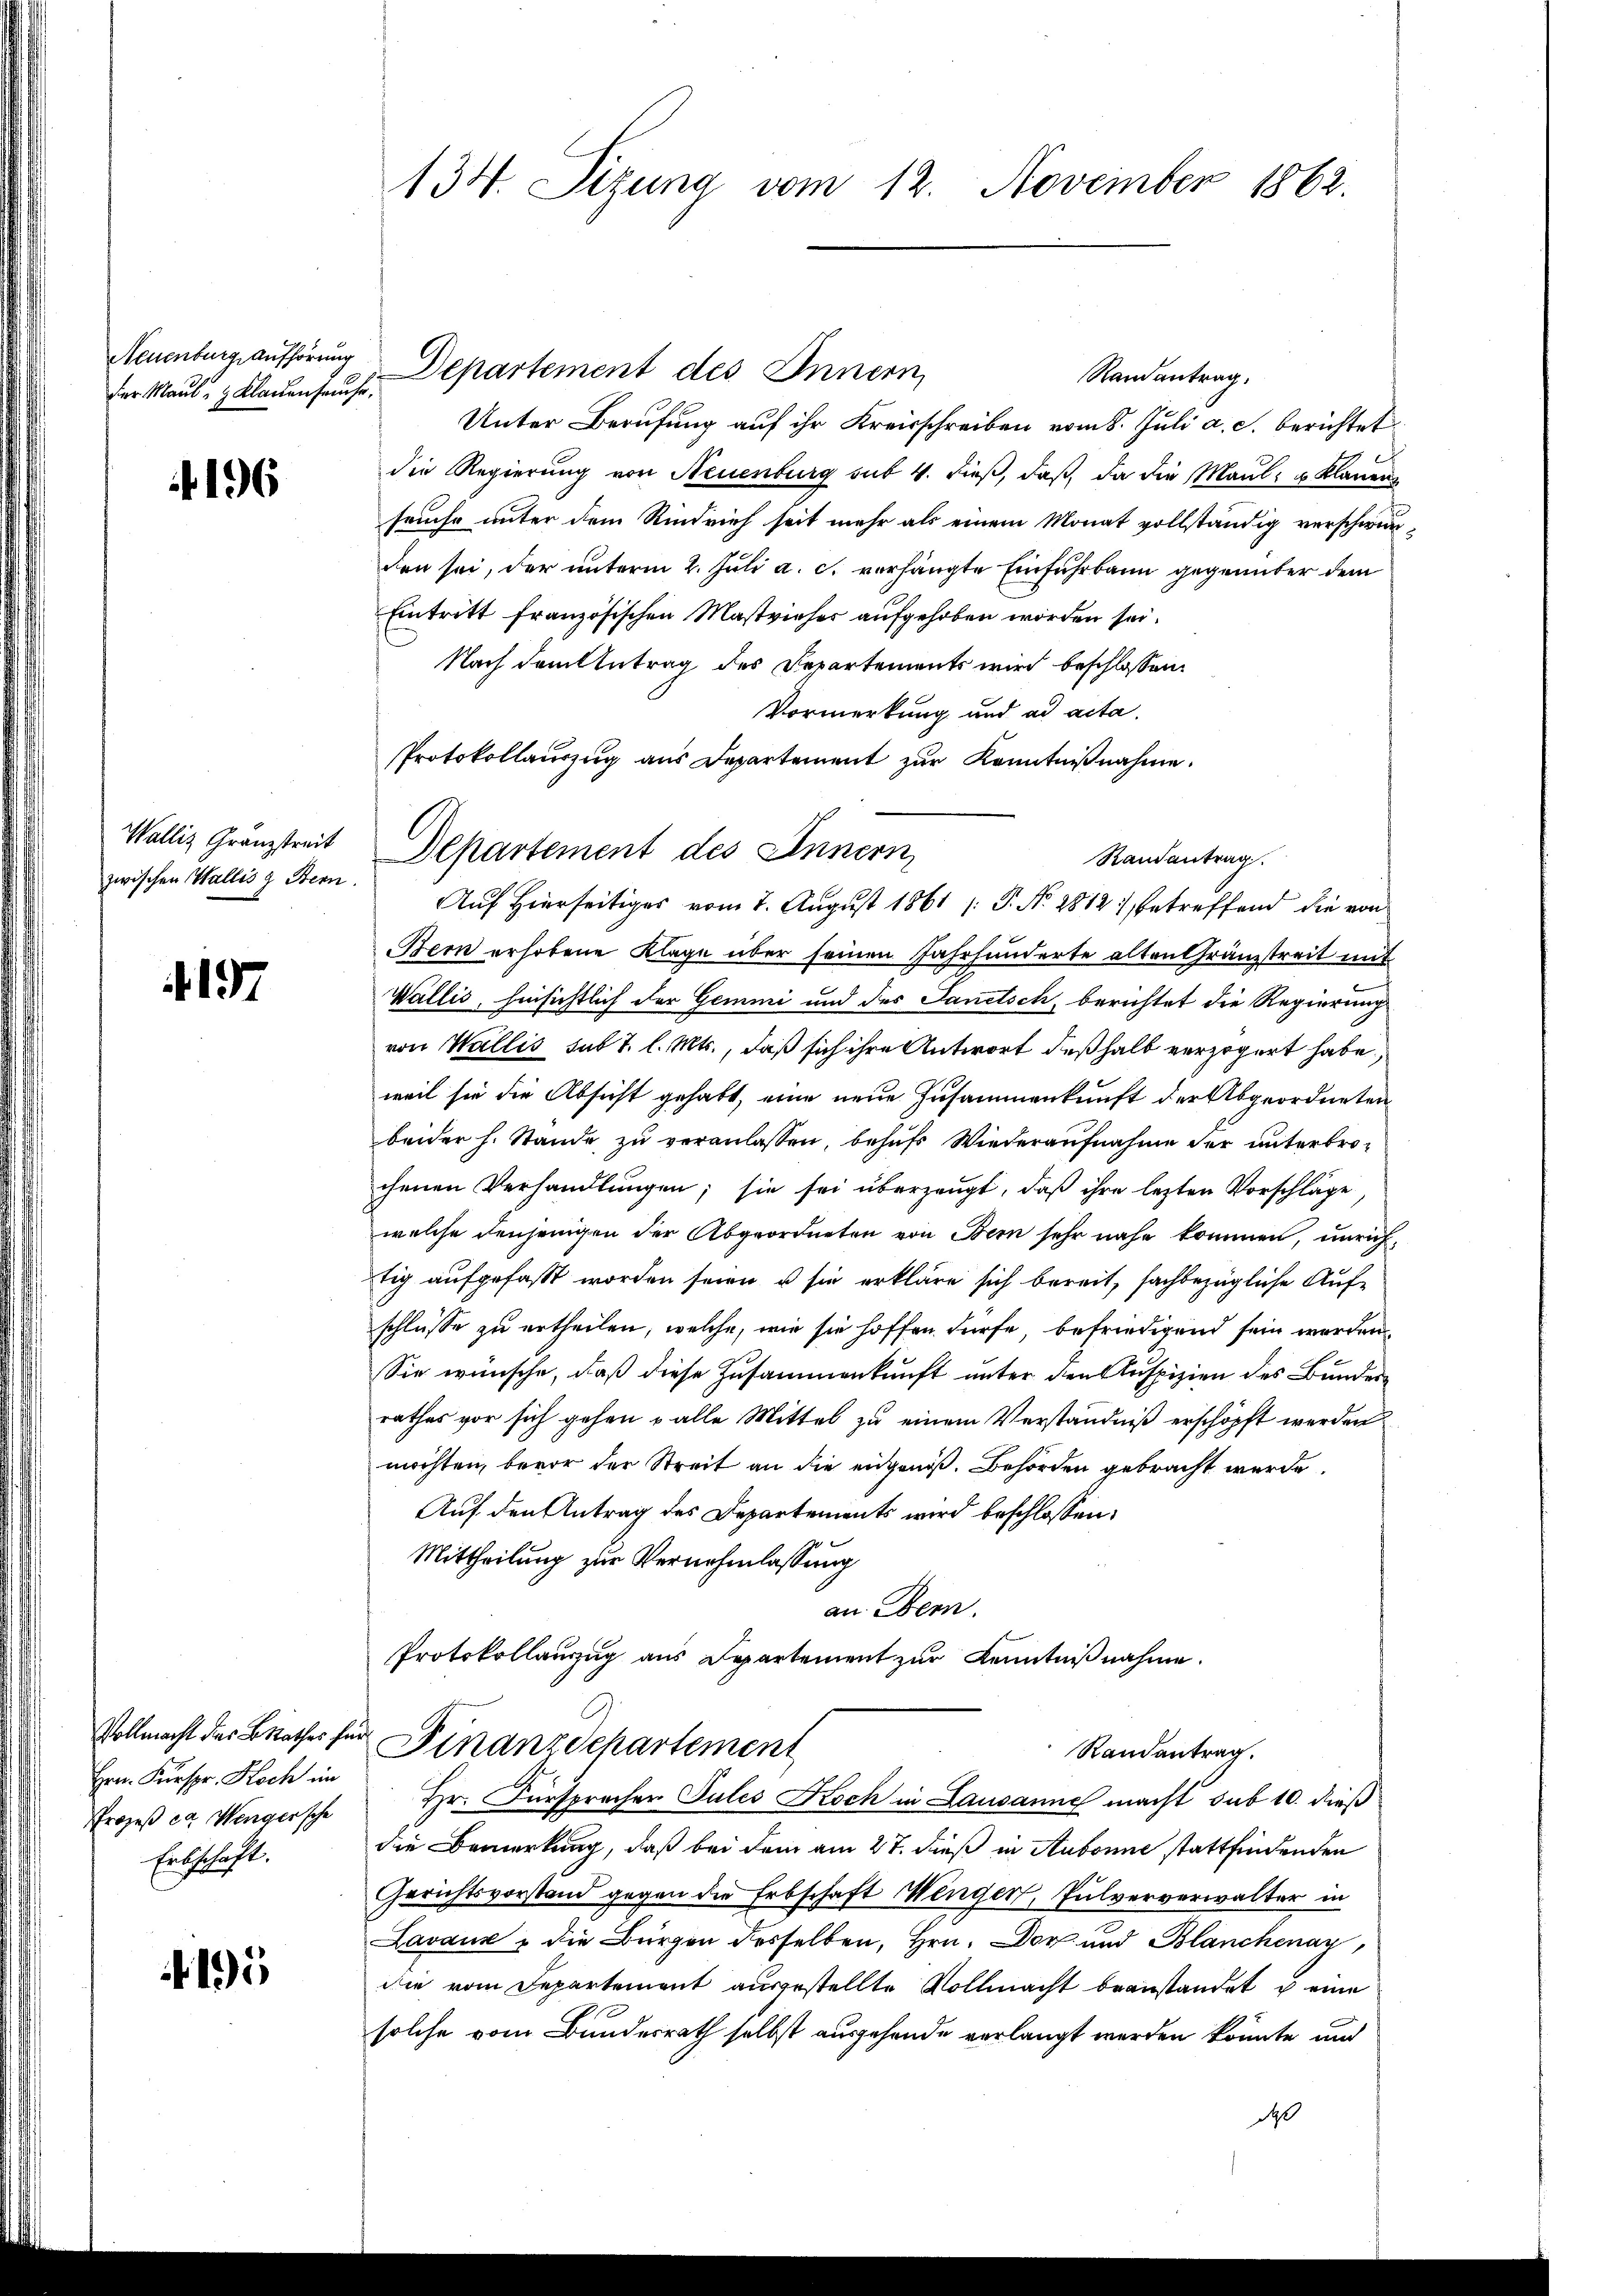
Neuenburg, Aufhörung
dier Maul- & Klauenseuche.

4196

Walliz Granzstreit
zwischen Wallis & Bern.

197

Hrn. Kurspr. Koch im
Erbschaft.

195

134. Sizung vom 12. November 1862.

Departement des Innern,
Randantrag.
Unter Berufung auf ihr Kreisschreiben vom 8. Juli a. c. berichtet
die Regierung von Neuenburg sub 4. dieß, daß da die Maul- & Klauen
seuche unter dem Rindrieh seit mehr als einem Monat vollständig verschwurden sei, der unterm 2. Juli a. c. vorhängte Einführbann gegenüber dem
Eintritt französischen Mastvieher aufgehoben worden sei.
Nach dem Antrag des Departements wird beschlossen:
Vormerkung und ad acta.
Randantrag.
Bern erhobene Klage über seinen Jahrhunderte alten Gränzstreit mit
Wallis, hinsichtlich der Gemini und des Sanitsch, berichtet die Regierung
von Wallis sub 7. l. Mts., daß sich ihre Antwort deßhalb verzögert habe,
weil sie die Absicht gehabt, eine neue Zusammenkunft der Abgeordneten
beider h. Stande zŭ veranlassen, behufs Wiederaufnahme der unterbrochenen Verhandlungen; sie sei überzeugt, daß ihre lezten Vorschläge
welche denjenigen der Abgeordneten von Bern sehr nahe kommen, unrichtig aufgefaßt worden seien u sie erkläre sich bereit, sachbezügliche Aufschlüsse zu ertheilen, welche, wie sie hoffen dürfe, befriedigend sein werden
Sie wünsche, daß diese Zusammenkunft unter den Auspizien des Bunderrathes vor sich gehen u alle Mittel zu einem Verständniß erschöpft werden
möchten, bevor der Streit an die eidgenoß. Behörden gebracht werde.
Auf den Antrag des Departements wird beschlossen:
Mittheilung zur Vernehmlassung
an Bern.
Protokollanzug aus Departement zur Kenntnißnahme.

Protokollauszug aus Departement zur Kenntnißnahme.
Departement des Innern,
Auf Hierseitiges vom 7. August 1861 (: P. Nr. 2812, betreffend die von

die Bemerkung, daß bei dem am 27. dieß in Aubonne stattfindenden
Gerichtsvorstand gegen die Erbschaft Wenger, Pulververwalter in
Lavaux u die Bürgen derselben, Hrn. Dor und Blanchenay,
die vom Departement ausgestellte Vollmacht beanstandet u eine
solche vom Bundesrath selbst ausgehende vorlangt werden könnte und
daß

Vollmacht der Berathes für Finanz Departement
Randantrag.
Prozeß ca Wengersche Hr. Fürspracher Pules Koch in Lausanne macht sub 10. dieß